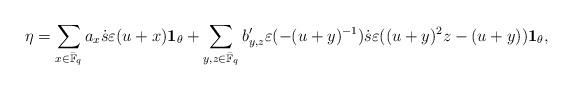
LaTeX: \begin{align*}&\ \eta=\sum_{x\in \bar{\mathbb{F}}_q}a_x \dot{s}\varepsilon(u+x){\bf 1}_{\theta}+ \sum_{y,z\in \bar{\mathbb{F}}_q} b'_{y,z} \varepsilon(-(u+y)^{-1})\dot{s} \varepsilon((u+y)^2z-(u+y)){{\bf 1}}_{\theta},\end{align*}